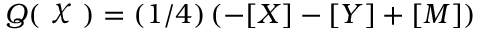
Q ( \raisebox { \depth } { \( \chi \) } ) = ( 1 / 4 ) \left( - [ X ] - [ Y ] + [ M ] \right)